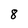
Character: 8